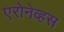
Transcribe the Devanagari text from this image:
एरोनेव्हस